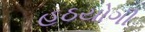
હઠયોગી